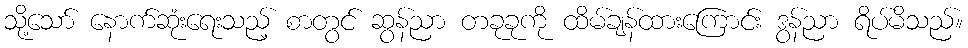
သို့သော် နောက်ဆုံးရေးသည့် စာတွင် ဆွန်ညာ တခုခုကို ထိမ်ချန်ထားကြောင်း ဒွန်ညာ ရိပ်မိသည်။